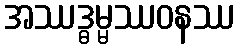
အဿဒ္ဓမ္မဿဝနဿ